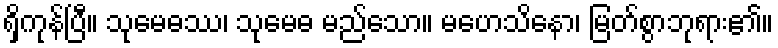
ရှိကုန်ပြီ။ သုမေဓဿ၊ သုမေဓ မည်သော။ မဟေသိနော၊ မြတ်စွာဘုရား၏။